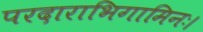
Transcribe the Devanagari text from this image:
परदाराभिगामिनः।